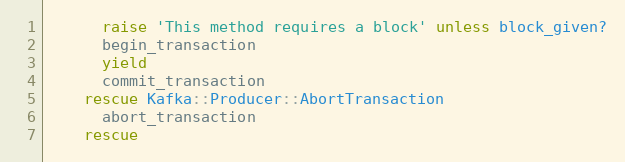
Language: Ruby
      raise 'This method requires a block' unless block_given?
      begin_transaction
      yield
      commit_transaction
    rescue Kafka::Producer::AbortTransaction
      abort_transaction
    rescue